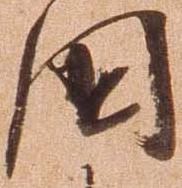
国